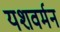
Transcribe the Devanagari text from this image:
यशवर्मन